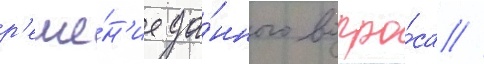
р'еше́н'ие да́нного вопро́са //